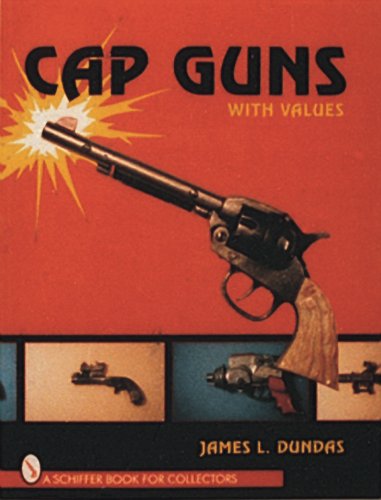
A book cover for Cap Guns: With Values; James L. Dundas; Crafts, Hobbies & Home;